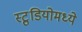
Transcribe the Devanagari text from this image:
स्टु़डियोमध्ये